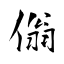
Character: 傟